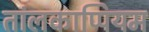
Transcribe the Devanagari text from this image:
तांलकाप्पियम